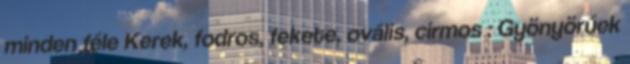
minden féle Kerek, fodros, fekete, ovális, cirmos : Gyönyörűek